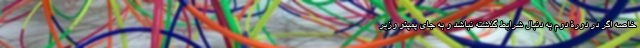
خاصه اگر در دورۀ دوم به دنبال شرایط گذشته نباشد و به جای پمپئو وزیر